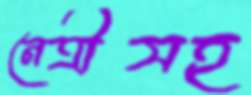
নেত্রীসহ